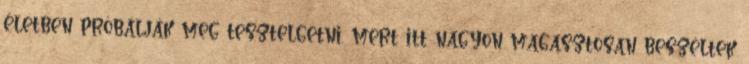
életben próbálják meg tesztelgetni, mert itt nagyon magasztosan beszéltek